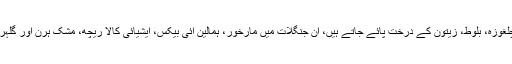
یہاں پر دیودار، صنوبر، سفیدہ، چلغوزہ، بلوط، زیتون کے درخت پائے جاتے ہیں، ان جنگلات میں مارخور، ہمالین آئی بیکس، ایشیائی کالا ریچھ، مشک ہرن اور گلہری جیسے جانور بھی موجود ہیں۔